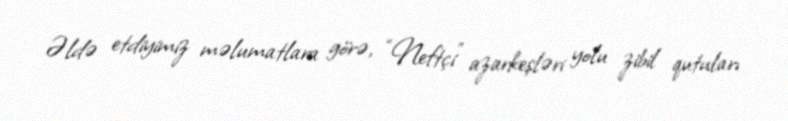
Əldə etdiyimiz məlumatlara görə, “Neftçi” azarkeşləri yolu zibil qutuları